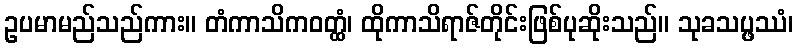
ဥပမာမည်သည်ကား။ တံကာသိကဝတ္ထံ၊ ထိုကာသိရာဇ်တိုင်းဖြစ်ပုဆိုးသည်။ သုခသပ္ဖဿံ၊